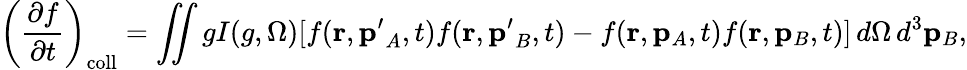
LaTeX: \left({\frac{\partial f}{\partial t}}\right)_{\mathrm{coll}}=\iint gI(g,\Omega)[f(\mathbf{r},\mathbf{p^{\prime}}_{A},t)f(\mathbf{r},\mathbf{p^{\prime}}_{B},t)-f(\mathbf{r},\mathbf{p}_{A},t)f(\mathbf{r},\mathbf{p}_{B},t)]\, d\Omega\, d^{3}\mathbf{p}_{B},